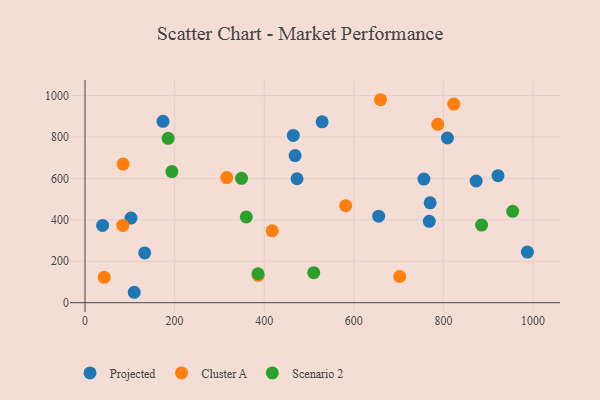
{"axis": {"x": "Study Hours", "y": "Fuel Efficiency"}, "legend": ["Cluster A", "Projected", "Scenario 2"], "data": [{"x": "102.6", "y": 408.7, "type": "Projected"}, {"x": "174.1", "y": 875.6, "type": "Projected"}, {"x": "921.9", "y": 613.6, "type": "Projected"}, {"x": "873.1", "y": 587.6, "type": "Projected"}, {"x": "468.9", "y": 710.2, "type": "Projected"}, {"x": "39.3", "y": 373.2, "type": "Projected"}, {"x": "655.5", "y": 417.8, "type": "Projected"}, {"x": "809.0", "y": 795.3, "type": "Projected"}, {"x": "465.0", "y": 807.7, "type": "Projected"}, {"x": "987.5", "y": 244.7, "type": "Projected"}, {"x": "133.2", "y": 240.3, "type": "Projected"}, {"x": "529.3", "y": 873.4, "type": "Projected"}, {"x": "109.8", "y": 50.4, "type": "Projected"}, {"x": "756.5", "y": 597.0, "type": "Projected"}, {"x": "768.5", "y": 392.8, "type": "Projected"}, {"x": "473.2", "y": 598.6, "type": "Projected"}, {"x": "770.5", "y": 482.4, "type": "Projected"}, {"x": "581.9", "y": 468.3, "type": "Cluster A"}, {"x": "702.5", "y": 126.6, "type": "Cluster A"}, {"x": "85.1", "y": 669.2, "type": "Cluster A"}, {"x": "417.8", "y": 347.2, "type": "Cluster A"}, {"x": "823.2", "y": 959.3, "type": "Cluster A"}, {"x": "42.8", "y": 122.4, "type": "Cluster A"}, {"x": "659.7", "y": 980.1, "type": "Cluster A"}, {"x": "84.4", "y": 373.3, "type": "Cluster A"}, {"x": "787.4", "y": 861.5, "type": "Cluster A"}, {"x": "316.4", "y": 604.0, "type": "Cluster A"}, {"x": "386.6", "y": 132.4, "type": "Cluster A"}, {"x": "386.1", "y": 139.8, "type": "Scenario 2"}, {"x": "510.6", "y": 144.9, "type": "Scenario 2"}, {"x": "185.5", "y": 793.6, "type": "Scenario 2"}, {"x": "360.0", "y": 414.4, "type": "Scenario 2"}, {"x": "193.9", "y": 633.0, "type": "Scenario 2"}, {"x": "885.3", "y": 375.1, "type": "Scenario 2"}, {"x": "349.4", "y": 600.8, "type": "Scenario 2"}, {"x": "954.7", "y": 441.2, "type": "Scenario 2"}]}